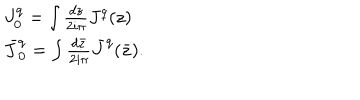
\begin{array} { l c r } { { J _ { 0 } ^ { q } = \int { \frac { d z } { 2 i \pi } } J ^ { q } ( z ) } } \\ { { \bar { J } _ { 0 } ^ { q } = \int { \frac { d { \bar { z } } } { 2 i \pi } } { \bar { J } } ^ { q } ( \bar { z } ) . } } \\ \end{array}